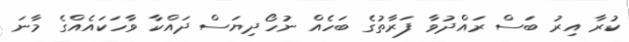
ކުރާ އިރު ބަސް ރައްދުވާ ފަރާތުގެ ބަހެއް ނުހޯދިޔަސް ދައްކާ ވާހަކައެއްގެ މާނަ